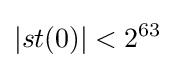
\left|st(0)\right|<2^{63}